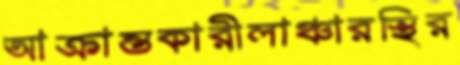
আক্রান্তকারীলাঞ্চারস্থির